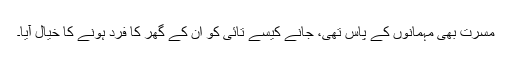
مسرت بھی مہمانوں کے پاس تھی، جانے کیسے تائی کو ان کے گھر کا فرد ہونے کا خیال آیا۔